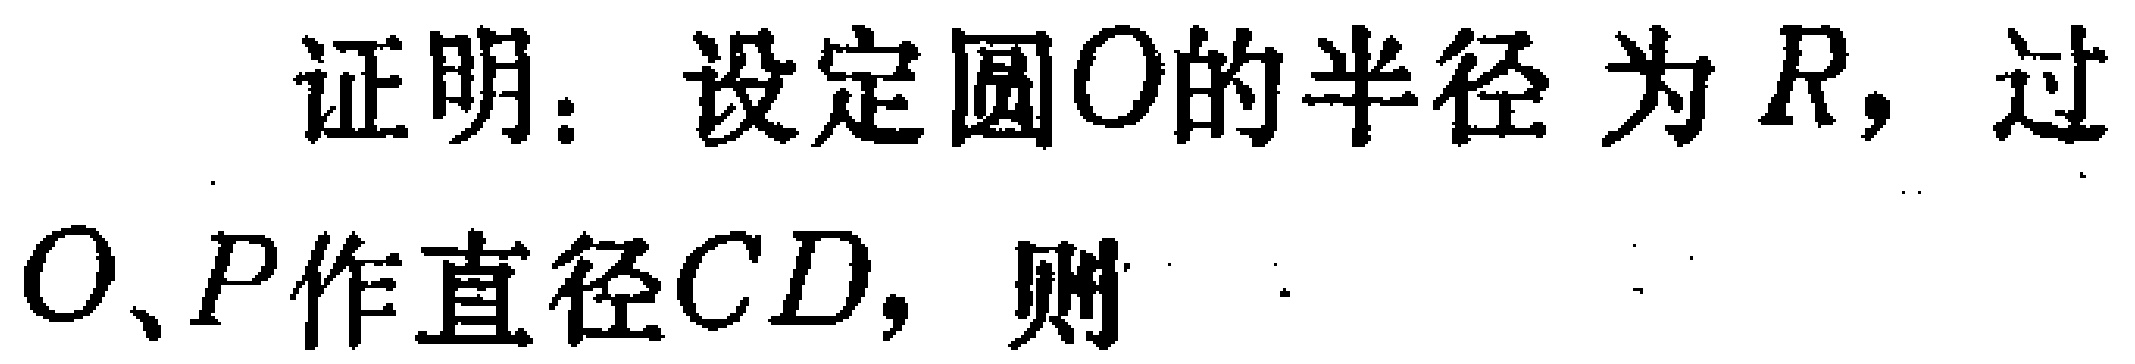
证明：设定圆\(O\)的半径为\(R\)，过\(O、P\)作直径\(CD\)，则